King Institute of Preventive Medicine Micro-Biological Section reports 1912-19
Year: 1912
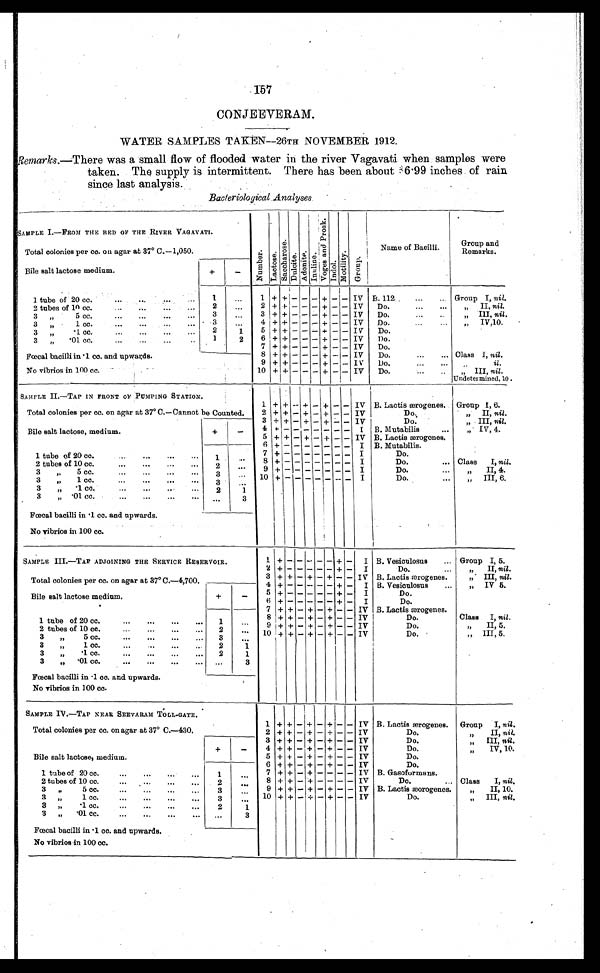
157
WATER SAMPLES TAKEN—26TH NOVEMBER 1912.
R e m a r k s
. — T h e r e w a s a s m a l l f l o w o f f l o o d e d w a t e r i n t h e r i v e r V a g a v a t i w h e n s a m p l e s w e r e
taken. The supply is intermittent. There has been about 36 . 99 inches of rain
since last analysis.
Bacteriological Analyses
SAMPLE I.—FROM THE BED OF THE RIVER VAGAVATI.
Numbe r . La c t os e .
S a c c h a r o s e .
Du l c i t e .
Adoni t e. I n u l i n e .
V o g e s a n d P r o s k .
Indol. Mot i l i t y. Gr o u p .
Name of Bacilli.
Group and
Remarks.
Total colonies per co. on agar at 37° C.—1,050.
Bile salt lactose medium.
+
-
1 tube of 20 cc.
1
...
1 +
+ - - - + - - IV B. 112
Group I, nil.
2 tubes of 10 cc.
2
...
2 + + - - - + - - IV Do.
„ II, nil.
3
„
5 cc,
3
...
3
+ + - - -
- - IV Do.
„ III, nil.
3
„
1 cc.
3
. . . 4 + + - - .- + - - IV Do.
„ I V 1 0 .
3 „.1 cc.
2
1
5 + + - - - + - - IV
Do.
3 „ . 0 1 c c .
1
2
6
+ + - - -+ - - IV
Do.
Fœcal bacilli in .1 cc. and upwards.
7
8
+
+
+
+
-
-
-
-
-+
- ++ +
-
-
-
-
IV
IV
Do.
Do.
Class I, nil.
9 + + - - - + - - IV
Do.g
„ il.
No vibrios in 100 cc.
10 + + - - - + - -
I V Do.
„ III, nil.
Undetermi ned, 10.
SAMPLE II.—TAP IN FRONT OF PUMPING STATION.
1 + + - + -
+
-
- IV B. Lactis ærogenes. Group I, 6.
Total colonies per cc. on agar at 37° C.—Cannot be Counted.
2 + + - + - + - - IV
D o .
„ II, nil.
3 + + - + - + - - IV
Do.
„ III, nil.
Bile salt lactose, medium.
+
-
4
+ -
- - - - - - I B. Mutabilis
„ IV, 4.
5 + + - + - + - - IV B. Lactis ærogenes.
6
+ -
- - - - - - I B. Mutabilis.
1 tube of 20 cc.
1
. . . 7
+ -
- - - - - - I
Do.
8
+ -
- - - - - - I
Do.
Class I, nil.
2 tubes of 10 cc.
2
. . .
9
+ -
- - - - - - I
Do.
„ II, 4.
3 „ 5 cc.
3
. . . 10
+ -
- - - - - - I
Do.
„ III, 6.
3 „ 1 cc.
3
. . .
3 „1 cc..
2
1
3 „ .01 cc.
. . .
3
Fœcal bacilli in .1 cc. and upwards.
No vibrios in 100 cc.
SAMPLE III.—TAP ADJOINING THE SERVICE RESERVOIR.
1 + -
- - - - + - I B. Vesiculosus
Group I, 5.
2 + + - + - + - - I
Do.
„ II, nil.
Total colonies per cc. on agar at 37° C.—4,700.
3 + + - + - + - - IV B. Lactis ærogenes.
„III, nil.
4 + - - - - - + - I B. Vesiculosus
„ IV 5.
Bile salt lactose medium.
+
-
5
+ -
- - - - + - I
Do.
6
+ -
- - - - + - I
Do.
7 + + - + - + - - IV B. Lactis ærogenes.
1 tube of 20 cc.
1
. . .
8
+ + - + - + -
I V
Do.
Class I, nil.
9 + + - + - + - -
IV
Do.
„ II, 5.
2 tubes of 10 cc.
2
. . .
10 + + - + - - - - IV
Do.
„ III, 5.
3 „
5 cc.
3
. . .
3 „ 1 cc.
2
1
3 „ .1 cc.
2
1
3 „.01 cc.
...
3
Fœcal bacilli in .1 cc. and upwards.
No vibrios in 100 cc.
SAMPLE IV .——T A P N E A R S E E V A R A M T O L L — G A T E .
1 + + - + -
+
- - IV B. Lactic æorogenes. Group I, nil.
Total colonies per cc. on agar at 37° C.—430.
2
+ + - + - + - - IV
Do.
„
II, nil.
+
-
Bile salt lactose, medium.
3
+ + - + - + -
-
IV
Do.
„ III, nil.
4
+ + - + - + - - IV
Do.
„ IV, 10.
5 + + - + - + - - IV
Do.
6 + + - + - + - - IV
Do.
1 tube of 20 cc.
... ..
...
1
...
7 + + - + - - - - IV B. Gasoformans.
8 + + - + - - - - IV
Do.
Class I, nil.
2 tubes of 10 cc.
... 0 ..
...
...
2
...
9 + + - + - + - - IV B. Lactis mrogenes.
„ II, 10.
3 „ 5 cc. ...
...
...
...
3
...
10 + + - + - + - - IV
Do.
„ III, nil.
3
0
),
1cc.
0 0 1
0 1
0 1
0 1
3 . . .
3 Ft ... cc....
.....
....
2
1
..
3 „
0 1 cc..
00•
001
001
...
3
Fœcal bacilli in .1 cc. and upwards.
No vibrios in 100 cc.